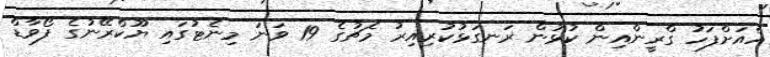
އެއަށްފަހު ގްރީންއިން ކުޅުން ރަނގަޅުކުރިއިރު މެޗުގެ 19 ވަނަ މިނެޓުގައި ޔޫކްރޭނުގެ ފޯވާޑް